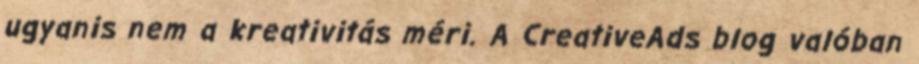
ugyanis nem a kreativitás méri. A CreativeAds blog valóban